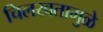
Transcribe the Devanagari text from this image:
चिलखतामुळे